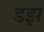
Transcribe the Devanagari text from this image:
डझ